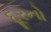
દૂરનો